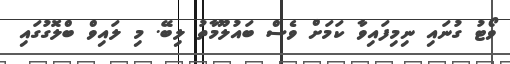
ވޯޓު ގުނައި ނިމިފައިވާ ކަމަށް ވެސް ބައުލޫމާތު ލިބޭ. މި ލައިވް ބްލޮގުގައި